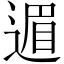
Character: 𫐹